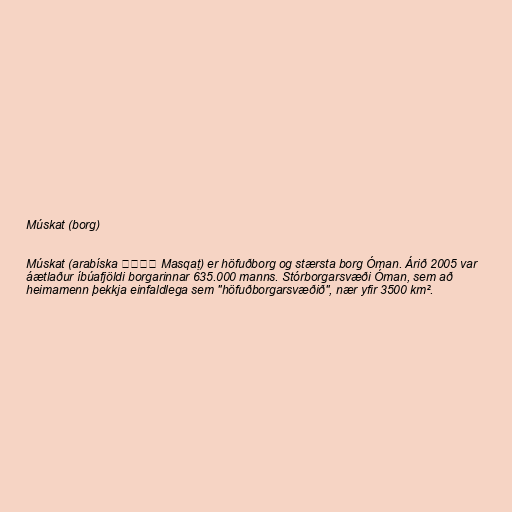
Múskat (borg)

Múskat (arabíska مسقط Masqaṭ) er höfuðborg og stærsta borg Óman. Árið 2005 var
áætlaður íbúafjöldi borgarinnar 635.000 manns. Stórborgarsvæði Óman, sem að
heimamenn þekkja einfaldlega sem "höfuðborgarsvæðið", nær yfir 3500 km².